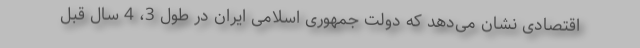
اقتصادی نشان می‌دهد که دولت جمهوری اسلامی ایران در طول 3، 4 سال قبل